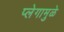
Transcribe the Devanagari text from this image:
प्लेगामुळे